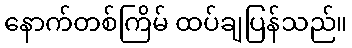
နောက်တစ်ကြိမ် ထပ်ချပြန်သည်။